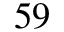
5 9